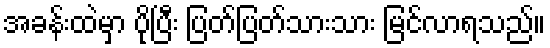
အခန်းထဲမှာ ပိုပြီး ပြတ်ပြတ်သားသား မြင်လာရသည်။